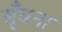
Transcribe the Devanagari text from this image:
सूँघना